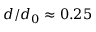
d / d _ { 0 } \approx 0 . 2 5